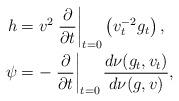
LaTeX: \begin{align*} h & = v^2\left.\frac{\partial}{\partial t}\right|_{t=0}\left( v_t^{-2}g_t\right), \\ \psi & = -\left.\frac{\partial}{\partial t}\right|_{t=0}\frac{d\nu(g_t,v_t)}{d\nu(g,v)}, \end{align*}